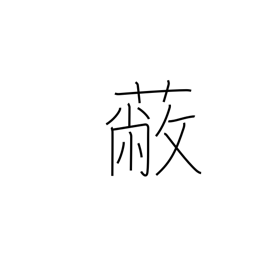
Meaning: be ruined